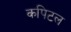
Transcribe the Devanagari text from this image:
कपिटल